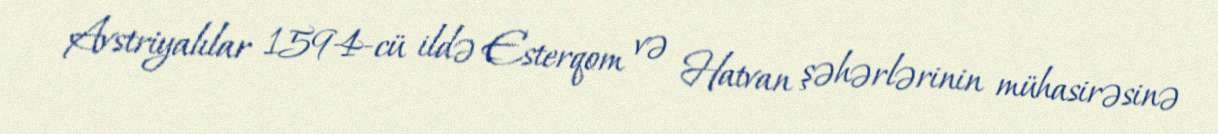
Avstriyalılar 1594-cü ildə Esterqom və Hatvan şəhərlərinin mühasirəsinə